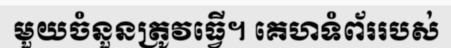
មួយចំនួនត្រូវធ្វើ។ គេហទំព័ររបស់